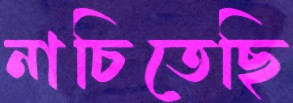
নাচিতেছি